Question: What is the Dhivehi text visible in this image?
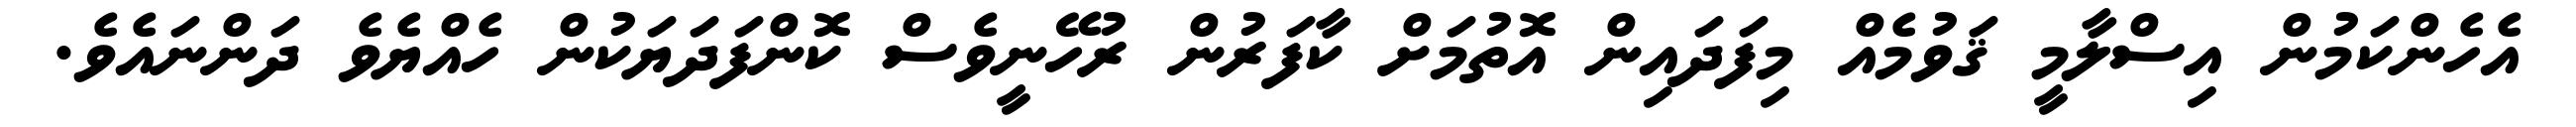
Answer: އެހެންކަމުން އިސްލާމީ ޤަވުމެއް މިފަދައިން އޮތުމަށް ކާފަރުން ރުހޭނީވެސް ކޮންފަދަޔަކުން ހެއްޔެވެ ދަންނައެވެ.